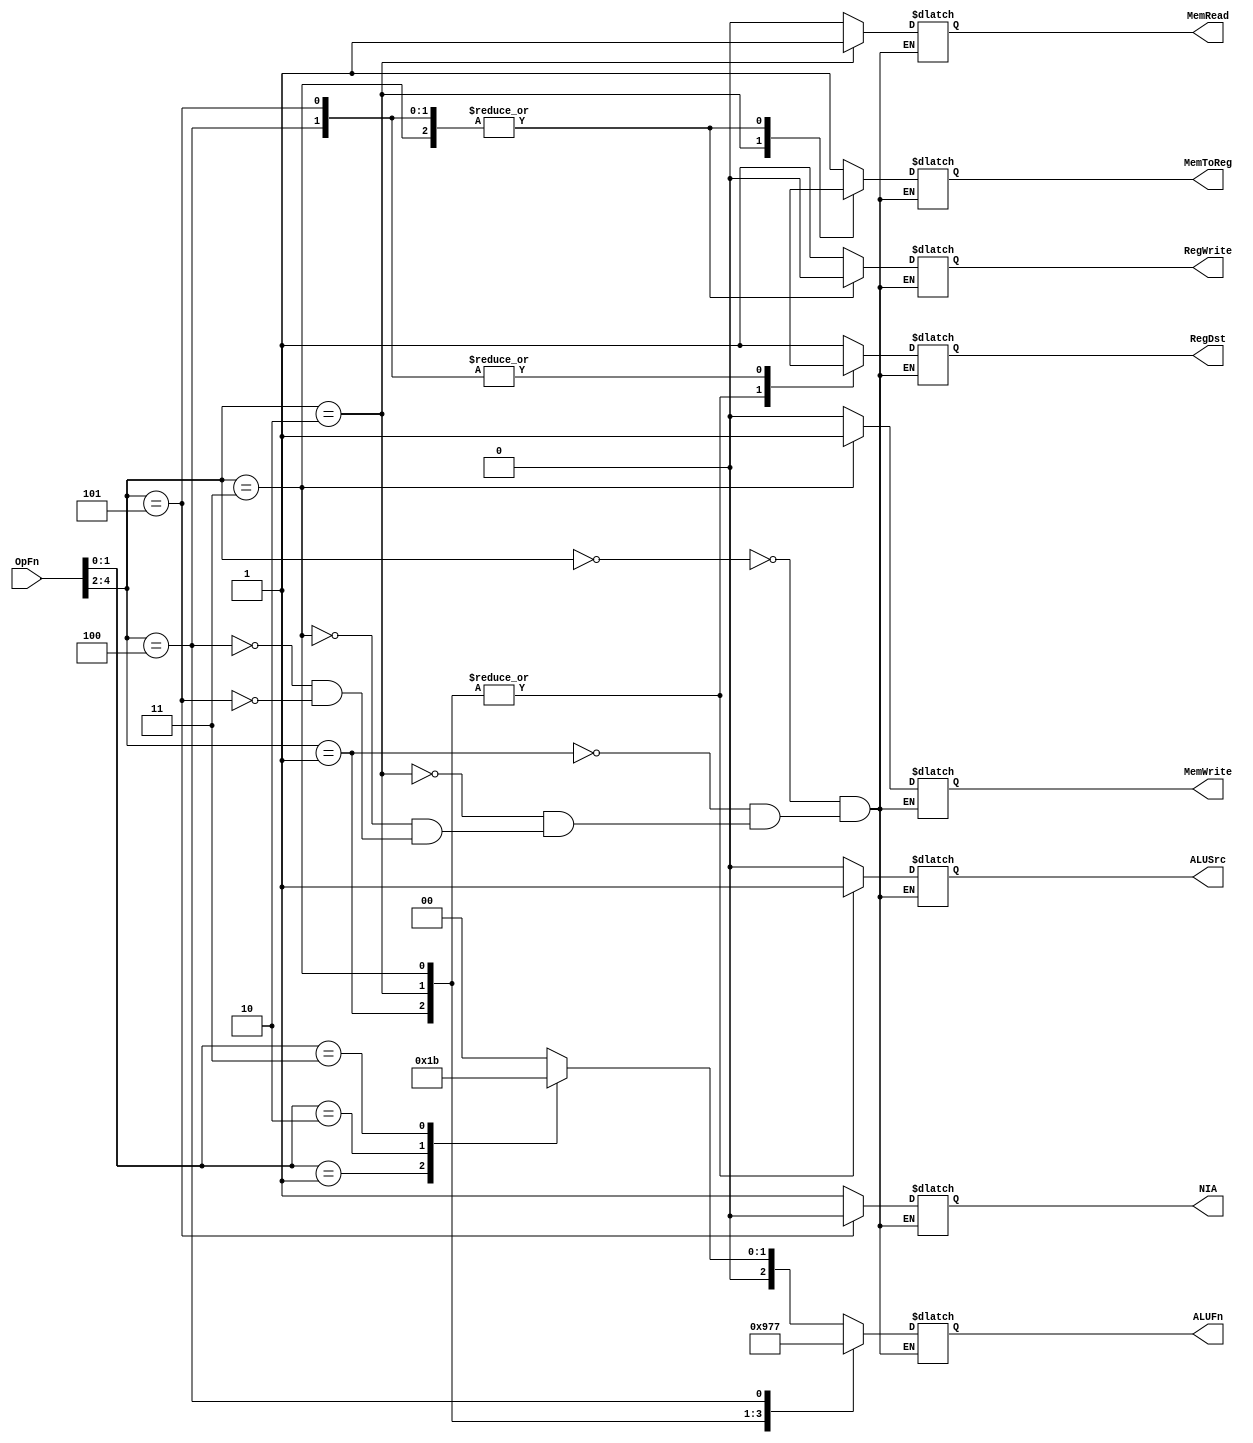
module controlpath(OpFn,NIA,RegDst,RegWrite,ALUSrc,ALUFn,MemWrite,MemRead,MemToReg);
    output reg NIA,RegWrite,ALUSrc,MemWrite,MemRead,MemToReg,RegDst;
    output reg [2:0] ALUFn;
    input [4:0] OpFn;
    always @ (OpFn)
        case(OpFn[4:2])
            3'b000: begin
                    case(OpFn[1:0])
                        2'b00: begin
                                MemToReg<=1;RegDst <= 1;RegWrite <=1 ;ALUFn <=3'b000 ;
                                MemRead<=0;MemWrite<=0;  ALUSrc <= 0; NIA <=1;                              
                               end
                        2'b01: begin
                                MemToReg<=1;RegDst <= 1;RegWrite <=1 ;ALUFn <=3'b001 ;
                                MemRead<=0;MemWrite<=0;  ALUSrc <= 0; NIA <=1;
                               end
                        2'b10: begin
                                MemToReg<=1;RegDst <= 1;RegWrite <=1 ;ALUFn <=3'b010 ;
                                MemRead<=0;MemWrite<=0;  ALUSrc <= 0; NIA <=1;
                               end
                        2'b11: begin
                                MemToReg<=1;RegDst <= 1;RegWrite <=1 ;ALUFn <=3'b011 ;
                                MemRead<=0;MemWrite<=0;  ALUSrc <= 0; NIA <=1;
                               end
                    endcase
                    end
            3'b001: begin
                    MemToReg<=1;RegDst <= 0;RegWrite <=1 ;ALUFn <=3'b100 ;
                    MemRead<=0;MemWrite<=0;  ALUSrc <= 1; NIA <=1;                              
                    end
            3'b010: begin
                    MemToReg<=0;RegDst <= 0;RegWrite <=1 ;ALUFn <=3'b101 ;
                    MemRead<=1;MemWrite<=0;  ALUSrc <= 1; NIA <=1;                              
                    end
            3'b011: begin
                    MemToReg<=x;RegDst <= 0;RegWrite <=0 ;ALUFn <=3'b110 ;
                    MemRead<=0;MemWrite<=1;  ALUSrc <= 1; NIA <=1;                              
                    end
            3'b100: begin
                    MemToReg<=x;RegDst <= x;RegWrite <=0 ;ALUFn <=3'b111 ;
                    MemRead<=0;MemWrite<=0;  ALUSrc <= 0; NIA <=1;                              
                    end
            3'b101: begin
                    MemToReg<=x;RegDst <= x;RegWrite <=0 ;ALUFn <=3'bxxx ;
                    MemRead<=0;MemWrite<=0;  ALUSrc <= 0; NIA <=0;                              
                    end
        endcase
endmodule